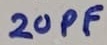
Text: 20PF